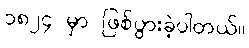
၁၈၂၄ မှာ ဖြစ်ပွားခဲ့ပါတယ်။